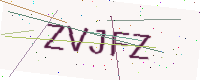
Text: ZVJFZ